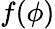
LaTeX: f(\phi)